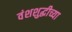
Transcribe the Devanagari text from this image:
वंशशुद्धीच्या